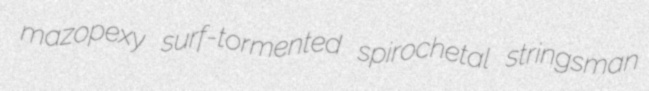
mazopexy surf-tormented spirochetal stringsman